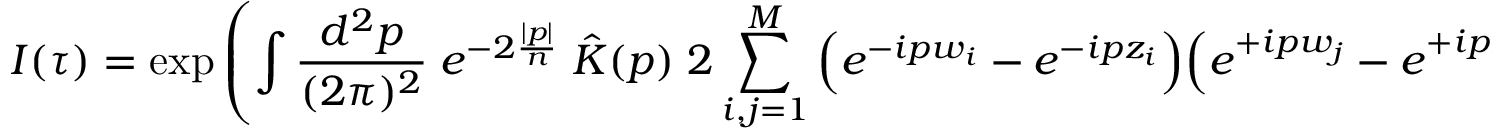
I ( \tau ) = \exp \left( \int \frac { d ^ { 2 } p } { ( 2 \pi ) ^ { 2 } } \; e ^ { - 2 \frac { | p | } { n } } \; \hat { K } ( p ) \; 2 \sum _ { i , j = 1 } ^ { M } \Big ( e ^ { - i p w _ { i } } - e ^ { - i p z _ { i } } \Big ) \Big ( e ^ { + i p w _ { j } } - e ^ { + i p z _ { j } } \Big ) \right)